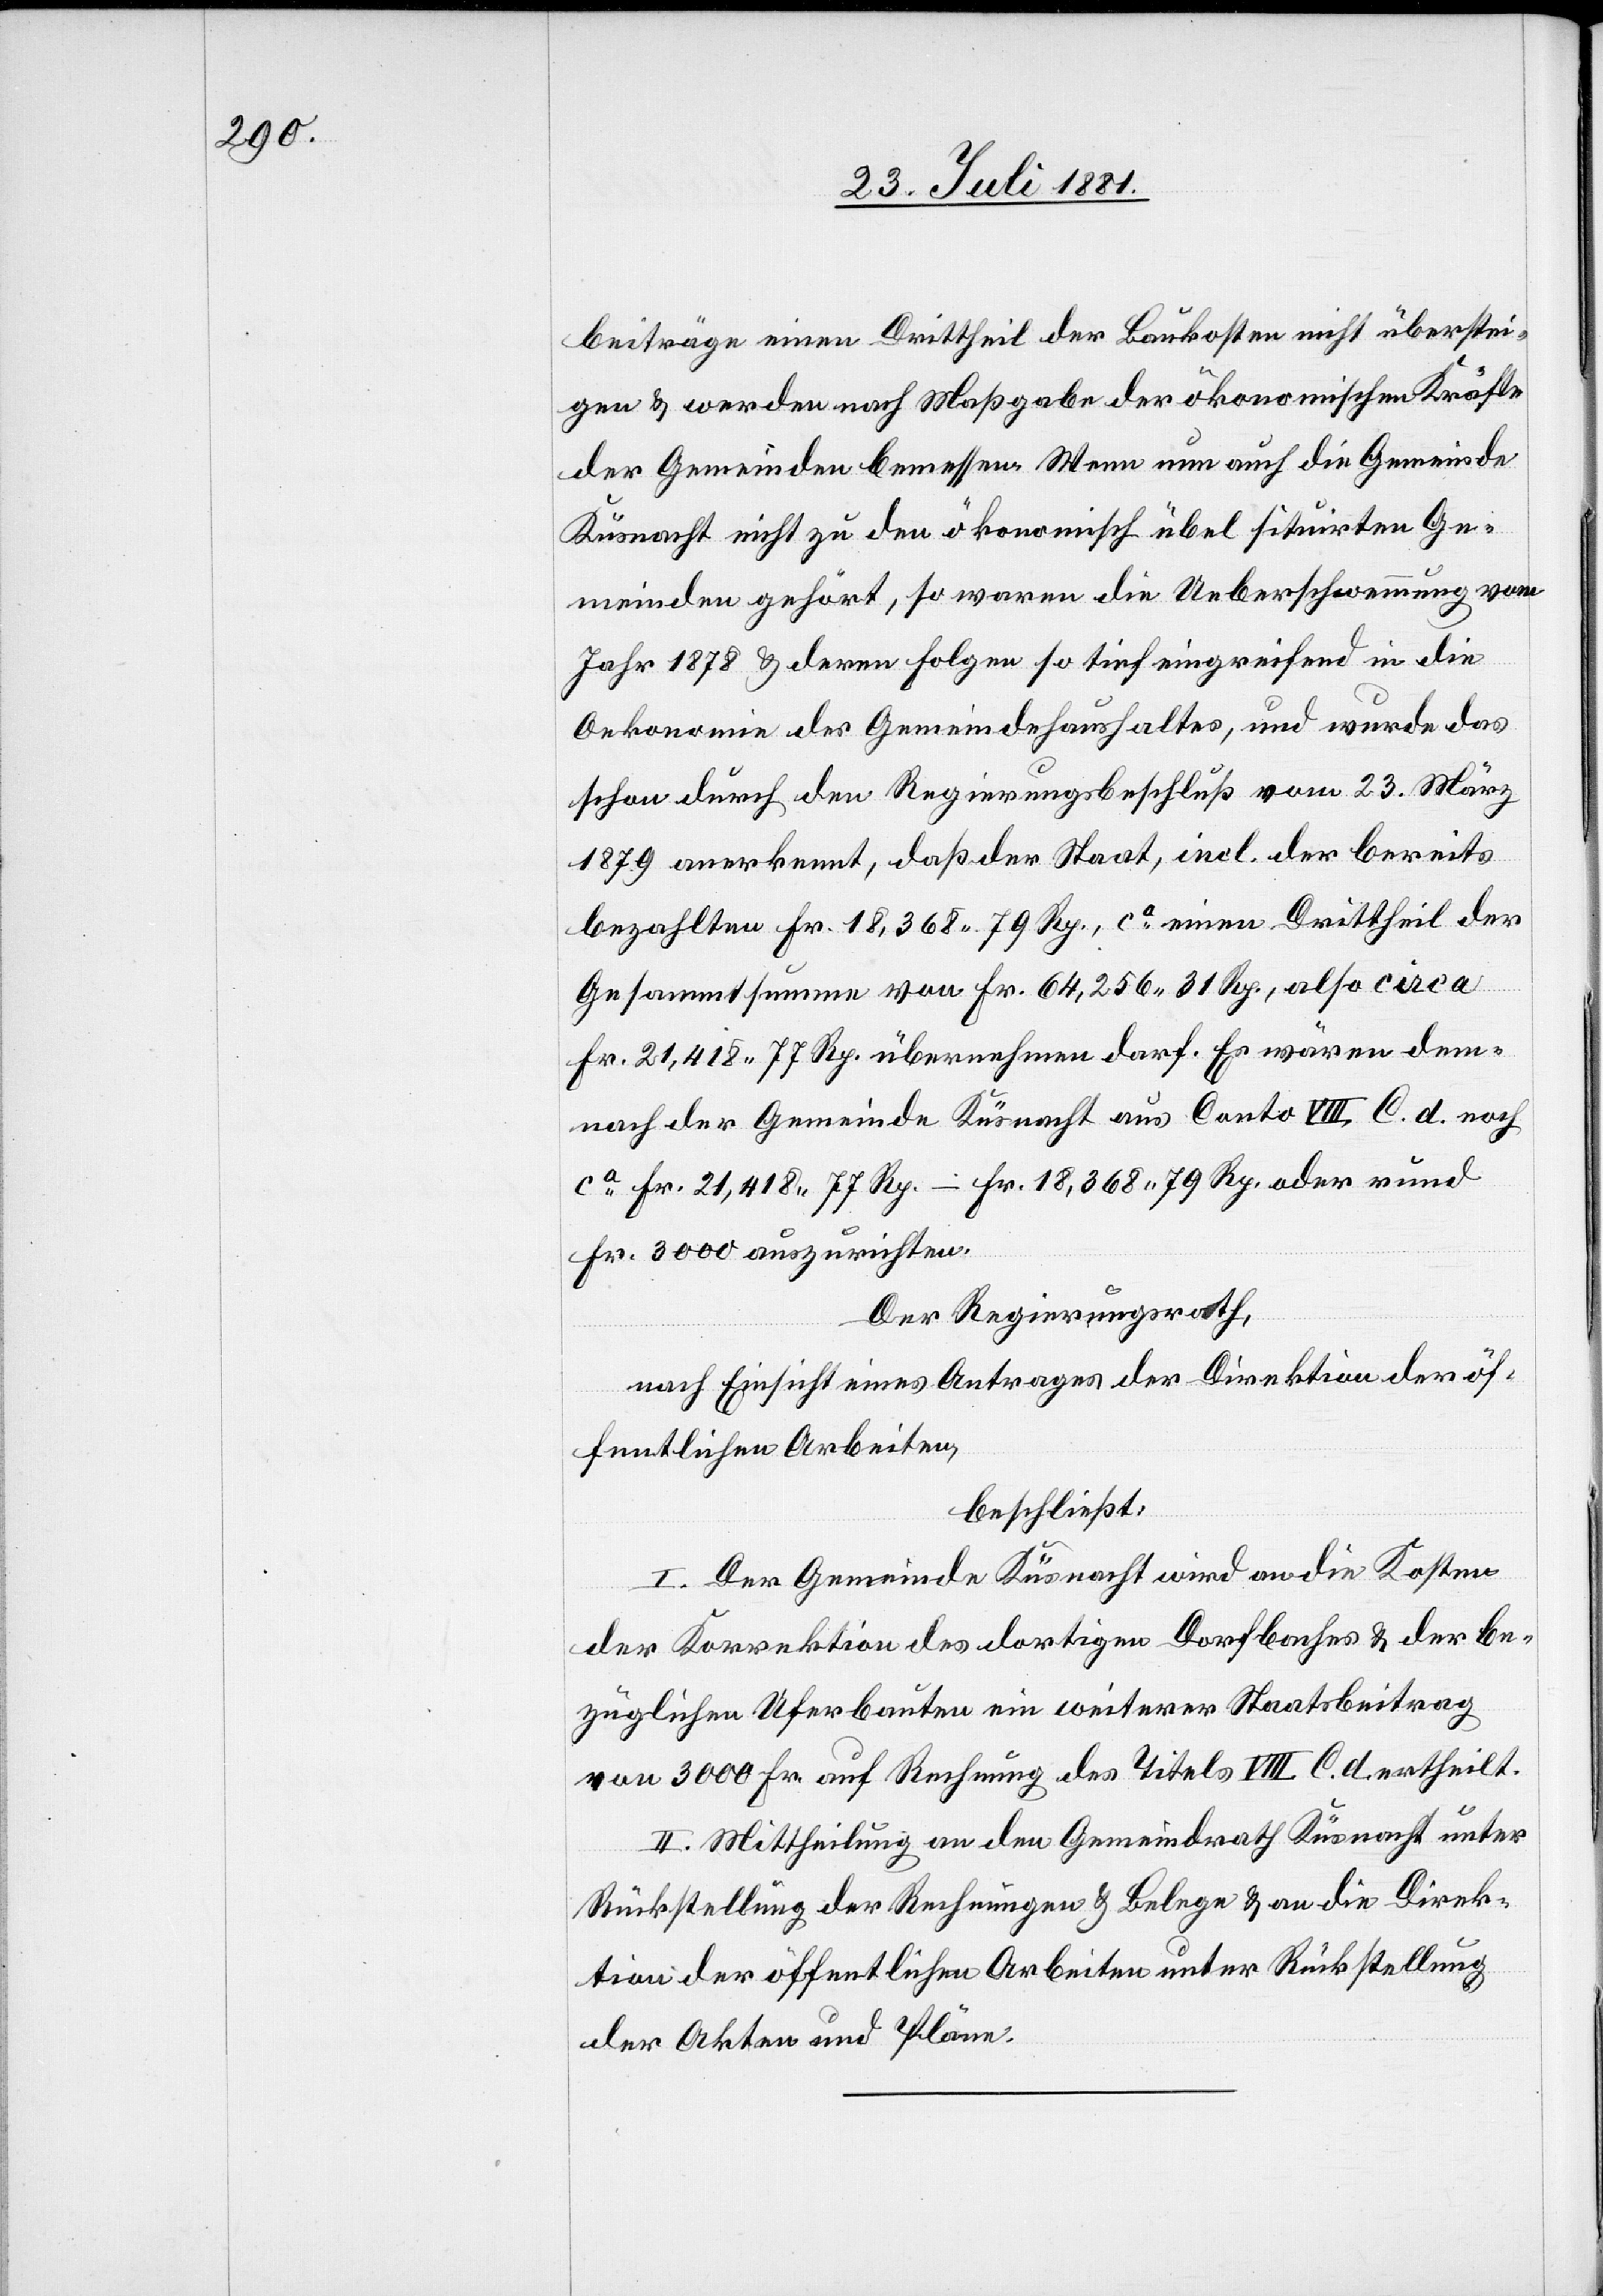
beiträge einen Drittheil der Baukosten nicht überstei¬
gen & werden nach Maßgabe der ökonomischen Kräfte
der Gemeinden bemessen. Wenn nun auch die Gemeinde
Küsnacht nicht zu den ökonomisch übel situirten Ge¬
meinden gehört, so waren die Ueberschwemmung[en] vom
Jahr 1878 & deren Folgen so tief eingreifend in die
Oekonomie des Gemeindehaushaltes, und wurde das
schon durch den Regierungsbeschluß vom 23. März
1879 anerkannt, daß der Staat, incl. der bereits
bezahlten Fr. 18,368 79 Rp., also circa Fr. 21,418 77
de¬
mnach der Gemeinde Küsnacht aus Conto VIII C. d. noch
ca Fr. 21,418 77 Rp. – Fr. 18,368 79 Rp. oder rund
Fr. 3000 auszurichten.
Der Regierungsrath,
nach Einsicht eines Antrages der Direktion der öf¬
fentlichen Arbeiten,
beschließt:
I. Der Gemeinde Küsnacht wird an die Kosten
der Korrektion des dortigen Dorfbaches & der be¬
züglichen Uferbauten ein weiterer Staatsbeitrag
von 3000 Fr. auf Rechnung des Tituls VIII C. d. ertheilt.
II. Mittheilung an den Gemeindrath Küsnacht unter
Rückstellung der Rechnungen & Belege & an die Direk¬
tion der öffentlichen Arbeiten unter Rückstellung
der Akten und Pläne.